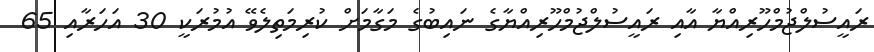
ރައީސުލްޖުމްހޫރިއްޔާ އާއި ރައީސުލްޖުމްހޫރިއްޔާގެ ނައިބުގެ މަގާމަށް ކުރިމަތިލެވޭ އުމުރަކީ 30 އަހަރާއި 65